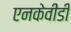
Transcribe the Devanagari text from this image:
एनकेवीडी